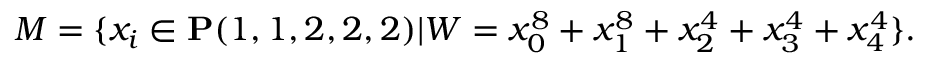
M = \{ x _ { i } \in { \bf P } ( 1 , 1 , 2 , 2 , 2 ) | W = x _ { 0 } ^ { 8 } + x _ { 1 } ^ { 8 } + x _ { 2 } ^ { 4 } + x _ { 3 } ^ { 4 } + x _ { 4 } ^ { 4 } \} .